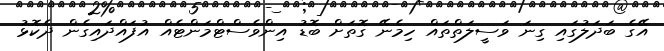
އޭގެ ބަދަލުގައި ގިނަ ވަސީލަތްތައް ހިމެނޭ ގޮތަށް ބޮޑު އިންވެސްޓްމަންޓެއް އުފައްދައިގެން ދެކޮޅު